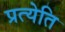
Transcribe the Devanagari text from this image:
प्रत्येति